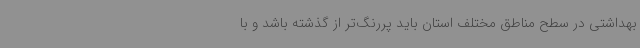
بهداشتی در سطح مناطق مختلف استان باید پررنگ‌تر از گذشته باشد و با